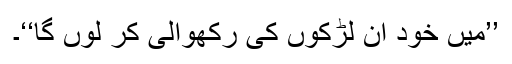
’’میں خود ان لڑکوں کی رکھوالی کر لوں گا‘‘۔